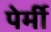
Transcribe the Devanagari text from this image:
पेर्मी